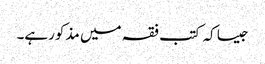
جیسا کہ کتب فقہ میں مذکورہے۔